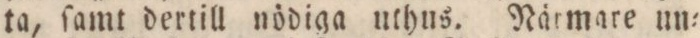
ta, ſamt dertill nödiga uthus. Närmare un=